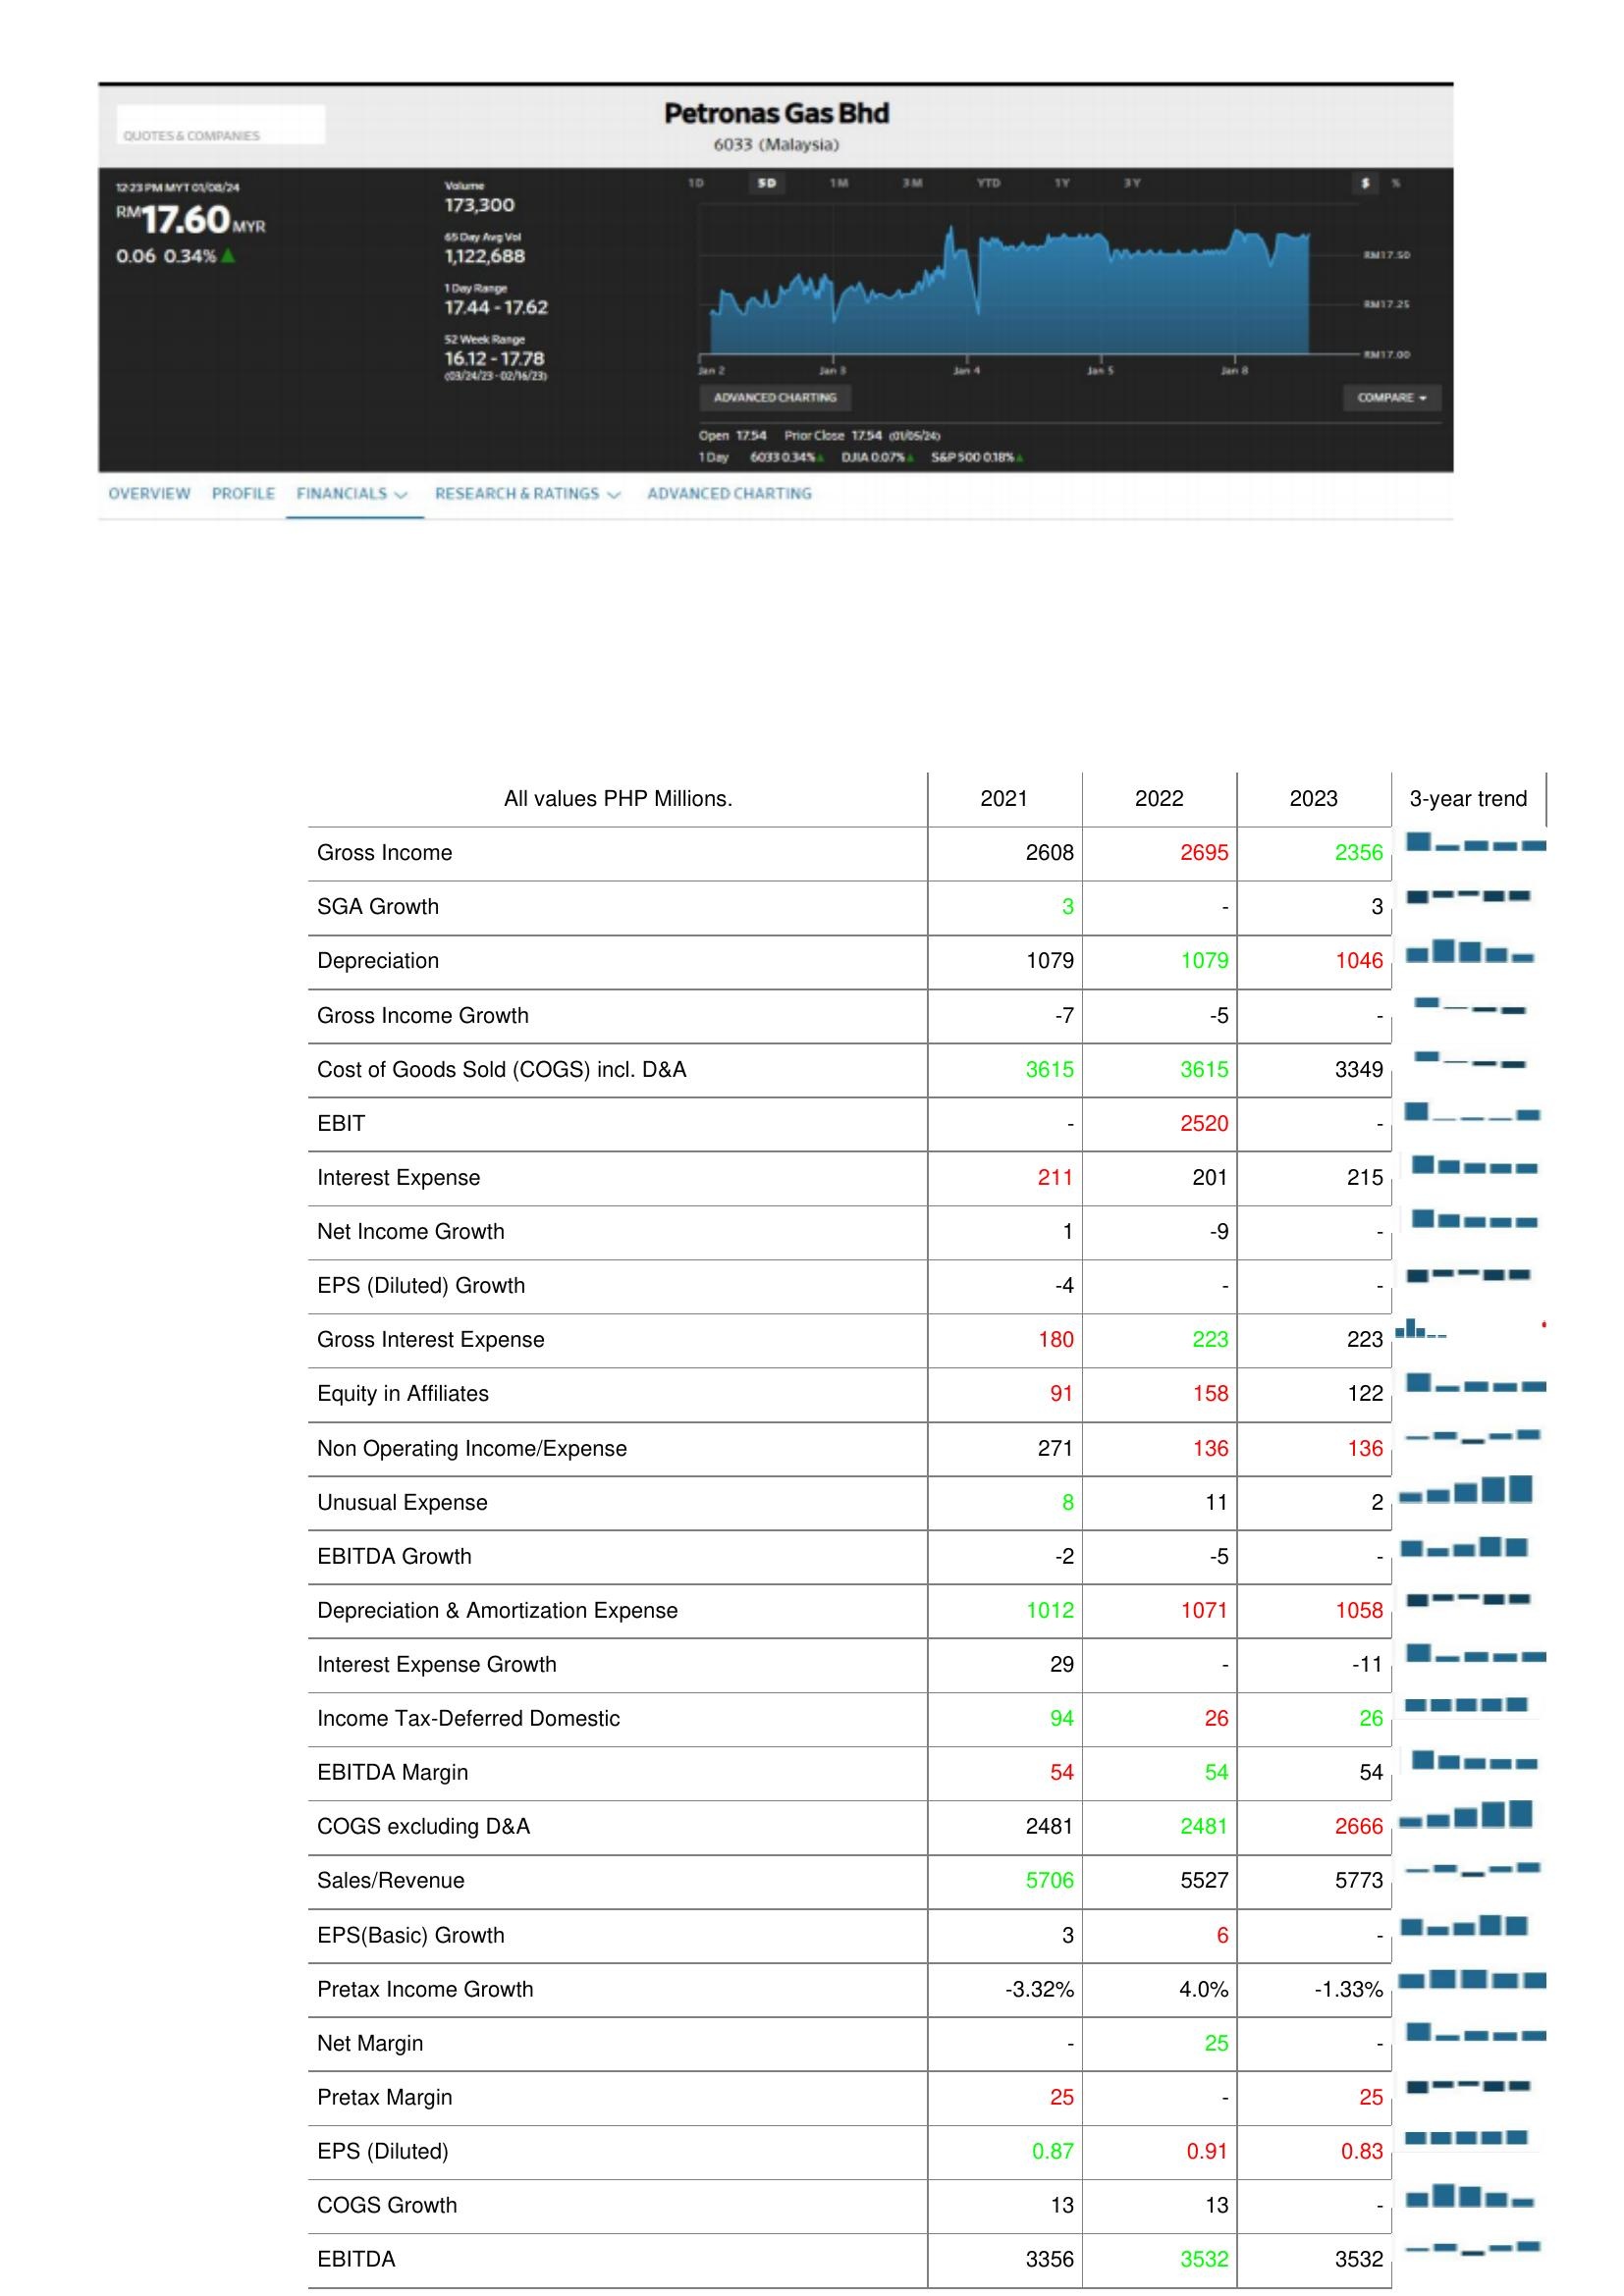
2021: : Gross Income: 2608
SGA Growth: 3
Depreciation: 1079
Gross Income Growth: -7
Cost of Goods Sold (COGS) incl. D&A: 3615
EBIT: -
Interest Expense: 211
Net Income Growth: 1
EPS (Diluted) Growth: -4
Gross Interest Expense: 180
Equity in Affiliates: 91
Non Operating Income/Expense: 271
Unusual Expense: 8
EBITDA Growth: -2
Depreciation & Amortization Expense: 1012
Interest Expense Growth: 29
Income Tax-Deferred Domestic: 94
EBITDA Margin: 54
COGS excluding D&A: 2481
Sales/Revenue: 5706
EPS(Basic) Growth: 3
Pretax Income Growth: -3.32%
Net Margin: -
Pretax Margin: 25
EPS (Diluted): 0.87
COGS Growth: 13
EBITDA: 3356
2022: : Gross Income: 2695
SGA Growth: -
Depreciation: 1079
Gross Income Growth: -5
Cost of Goods Sold (COGS) incl. D&A: 3615
EBIT: 2520
Interest Expense: 201
Net Income Growth: -9
EPS (Diluted) Growth: -
Gross Interest Expense: 223
Equity in Affiliates: 158
Non Operating Income/Expense: 136
Unusual Expense: 11
EBITDA Growth: -5
Depreciation & Amortization Expense: 1071
Interest Expense Growth: -
Income Tax-Deferred Domestic: 26
EBITDA Margin: 54
COGS excluding D&A: 2481
Sales/Revenue: 5527
EPS(Basic) Growth: 6
Pretax Income Growth: 4.0%
Net Margin: 25
Pretax Margin: -
EPS (Diluted): 0.91
COGS Growth: 13
EBITDA: 3532
2023: : Gross Income: 2356
SGA Growth: 3
Depreciation: 1046
Gross Income Growth: -
Cost of Goods Sold (COGS) incl. D&A: 3349
EBIT: -
Interest Expense: 215
Net Income Growth: -
EPS (Diluted) Growth: -
Gross Interest Expense: 223
Equity in Affiliates: 122
Non Operating Income/Expense: 136
Unusual Expense: 2
EBITDA Growth: -
Depreciation & Amortization Expense: 1058
Interest Expense Growth: -11
Income Tax-Deferred Domestic: 26
EBITDA Margin: 54
COGS excluding D&A: 2666
Sales/Revenue: 5773
EPS(Basic) Growth: -
Pretax Income Growth: -1.33%
Net Margin: -
Pretax Margin: 25
EPS (Diluted): 0.83
COGS Growth: -
EBITDA: 3532